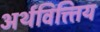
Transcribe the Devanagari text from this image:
अर्थवित्त्तिय